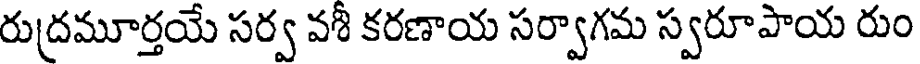
రుద్రమూర్తయే సర్వ వశీ కరణాయ సర్వాగమ స్వరూపాయ రుం